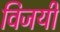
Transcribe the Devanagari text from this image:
विजयीं